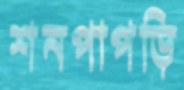
শনপাপড়ি